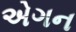
એગન